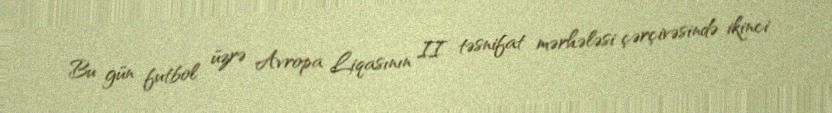
Bu gün futbol üzrə Avropa Liqasının II təsnifat mərhələsi çərçivəsində ikinci